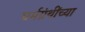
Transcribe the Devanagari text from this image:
घर्मग्रंथींच्या